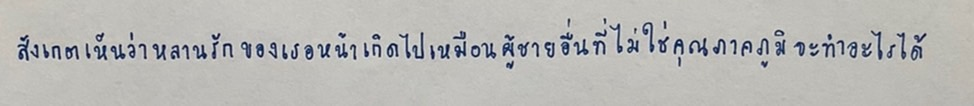
สังเกตเห็นว่าหลานรักของเธอหน้าเกิดไปเหมือนผู้ชายอื่นที่ไม่ใช่คุณภาคภูมิจะทำอะไรได้